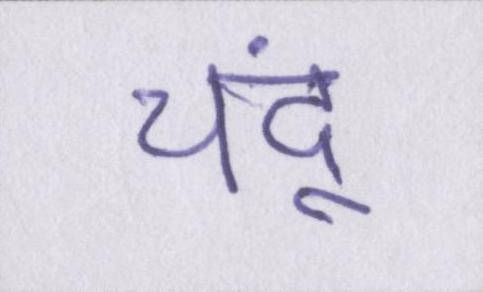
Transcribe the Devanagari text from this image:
चंदू